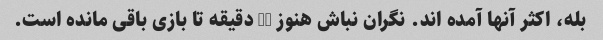
بله، اکثر آنها آمده اند. نگران نباش هنوز 20 دقیقه تا بازی باقی مانده است.